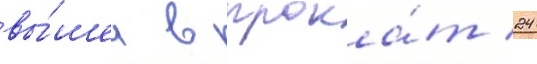
вы́шел в прока́т 24